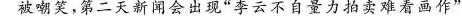
被嘲讽，第二天新闻会出现“李云不自量力拍卖难看画作